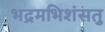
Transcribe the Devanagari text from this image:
भद्रमभिशंसतु